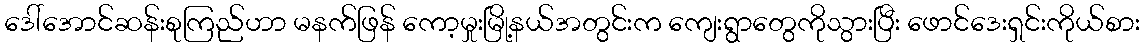
ဒေါ်အောင်ဆန်းစုကြည်ဟာ မနက်ဖြန် ကော့မှုးမြို့နယ်အတွင်းက ကျေးရွာတွေကိုသွားပြီး ဖောင်ဒေးရှင်းကိုယ်စား